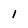
Character: 1